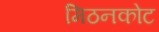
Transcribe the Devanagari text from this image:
मिठनकोट